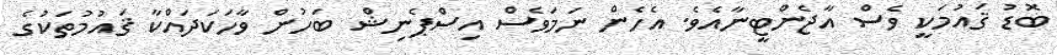
ބޮޑު ޤައުމަކީ ވެސް އާޖެންޓީނާއެވެ. އެހެން ނަމަވެސް އިސްޕެނިޝް ބަހުން ވާހަކަދައްކާ ޤައުމުތަކުގެ